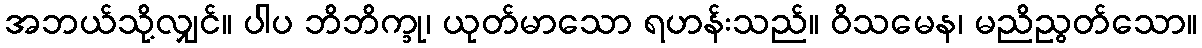
အဘယ်သို့လျှင်။ ပါပ ဘိဘိက္ခု၊ ယုတ်မာသော ရဟန်းသည်။ ဝိသမေန၊ မညိညွတ်သော။